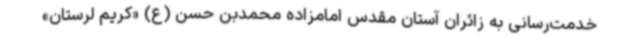
خدمت‌رسانی به زائران آستان مقدس امامزاده محمدبن حسن (ع) «کریم لرستان»